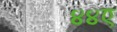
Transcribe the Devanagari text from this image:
४४ए